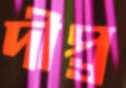
দীপ্র্র